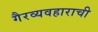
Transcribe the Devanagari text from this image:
गैरव्यवहाराची